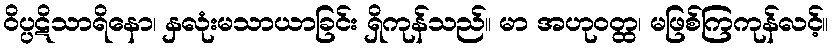
ဝိပ္ပဋိသာရိနော၊ နှလုံးမသာယာခြင်း ရှိကုန်သည်။ မာ အဟုဝတ္ထ၊ မဖြစ်ကြကုန်လင့်။